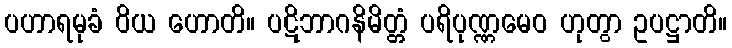
ပဟာရမုခံ ဝိယ ဟောတိ။ ပဋိဘာဂနိမိတ္တံ ပရိပုဏ္ဏမေဝ ဟုတွာ ဥပဋ္ဌာတိ။